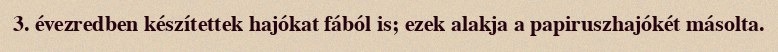
3. évezredben készítettek hajókat fából is; ezek alakja a papiruszhajókét másolta.